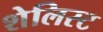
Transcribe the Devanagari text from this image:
शेलिस्ट